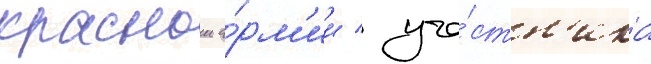
краснои а́рм'ии / уча́стн'ика